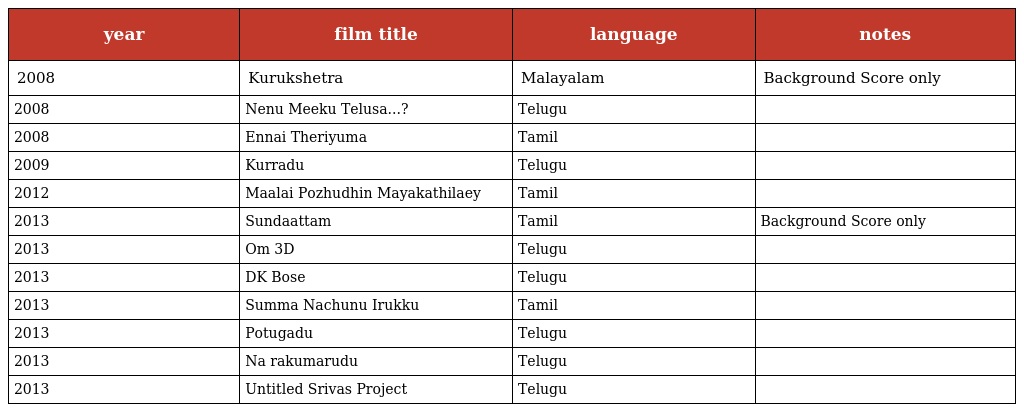
| year | film title | language | notes |
 | --- | --- | --- | --- |
 | 2008 | Kurukshetra | Malayalam | Background Score only |
 | 2008 | Nenu Meeku Telusa...? | Telugu |  |
 | 2008 | Ennai Theriyuma | Tamil |  |
 | 2009 | Kurradu | Telugu |  |
 | 2012 | Maalai Pozhudhin Mayakathilaey | Tamil |  |
 | 2013 | Sundaattam | Tamil | Background Score only |
 | 2013 | Om 3D | Telugu |  |
 | 2013 | DK Bose | Telugu |  |
 | 2013 | Summa Nachunu Irukku | Tamil |  |
 | 2013 | Potugadu | Telugu |  |
 | 2013 | Na rakumarudu | Telugu |  |
 | 2013 | Untitled Srivas Project | Telugu |  |